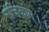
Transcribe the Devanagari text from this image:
राजिकाम्।।